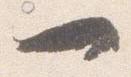
一